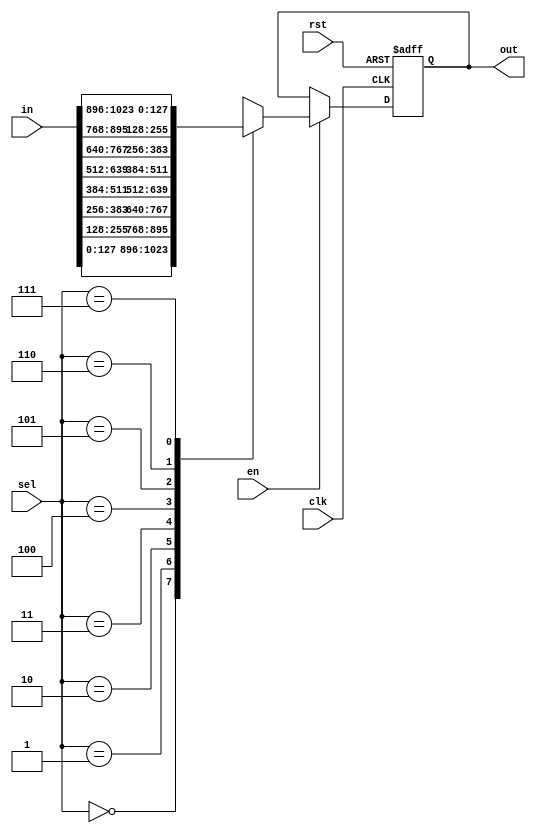
`timescale 1ns / 1ps
//////////////////////////////////////////////////////////////////////////////////
// Orgnization: NICSEFC
// 
// Module Name: crossbar
// Description: 
// 
// Version 0.1: File created.
// 
//////////////////////////////////////////////////////////////////////////////////



module mux_8to1
#(parameter DW_DATA = 32*4)
(
  input                             clk,
  input                             rst,
  input                             en,
  input signed [8*DW_DATA-1: 0]     in,
  input [2:0]                       sel,
  output reg signed [DW_DATA-1: 0]  out
);

wire signed [DW_DATA-1:0] in_data [7:0];
genvar gi;
generate
  for (gi=0; gi<8; gi=gi+1) begin
    assign in_data[gi] = in[gi*DW_DATA+:DW_DATA];
  end
endgenerate

always @(posedge rst or posedge clk) begin
  if (rst) begin : init_block
    out <= 0;
  end
  else if (en) begin : execute_block
    case(sel)
      3'b000: out <= in_data[0];
      3'b001: out <= in_data[1];
      3'b010: out <= in_data[2];
      3'b011: out <= in_data[3];
      3'b100: out <= in_data[4];
      3'b101: out <= in_data[5];
      3'b110: out <= in_data[6];
      3'b111: out <= in_data[7];
    endcase
  end
end

endmodule